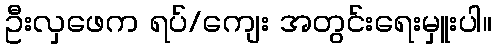
ဦးလှဖေက ရပ်/ကျေး အတွင်းရေးမှူးပါ။